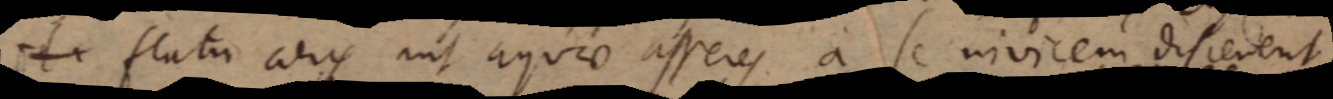
fla flatu aeris aut aquae asseres a se invicem distendent